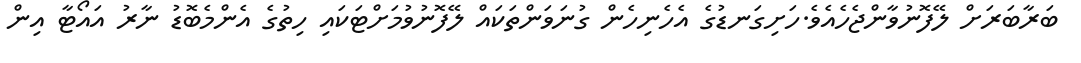
ބަރާބަރަށް ލޭފޮނުވާންޖެހެއެވެ.ހަށިގަނޑުގެ އެހެނިހެން ގުނަވަންތަކައް ލޭފޮނުވުމަށްޓަކައި ހިތުގެ އެންމެބޮޑު ނާރު އައޯޓާ އިން